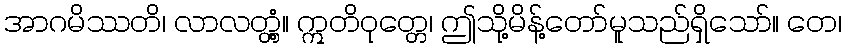
အာဂမိဿတိ၊ လာလတ္တံ့။ ဣတိဝုတ္တေ၊ ဤသို့မိန့်တော်မူသည်ရှိသော်။ တေ၊